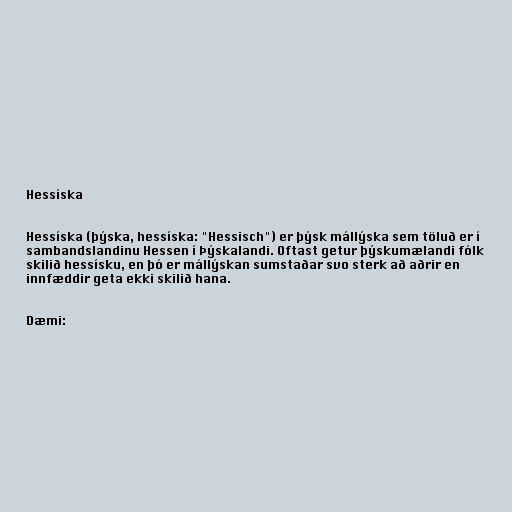
Hessíska

Hessíska (þýska, hessíska: "Hessisch") er þýsk mállýska sem töluð er í
sambandslandinu Hessen í Þýskalandi. Oftast getur þýskumælandi fólk
skilið hessísku, en þó er mállýskan sumstaðar svo sterk að aðrir en
innfæddir geta ekki skilið hana.

Dæmi: